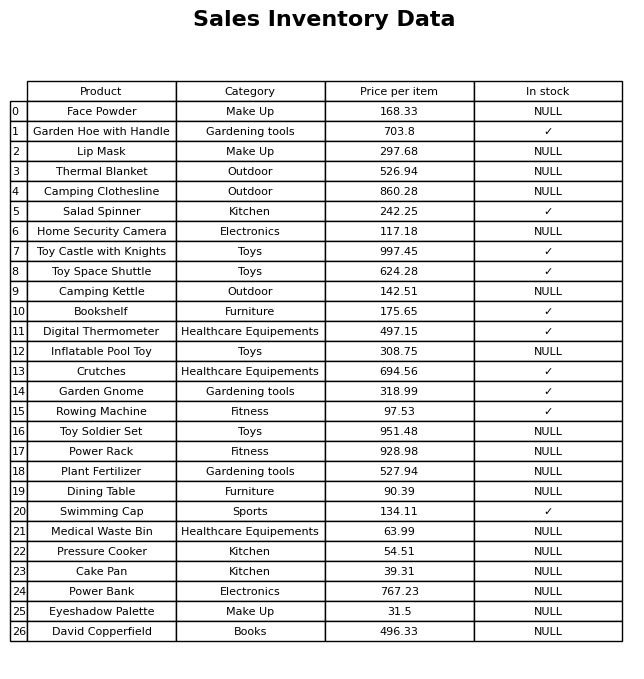
question: What is the price for Garden Gnome?
answer: The price of Garden Gnome is 318.99.